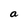
Character: a